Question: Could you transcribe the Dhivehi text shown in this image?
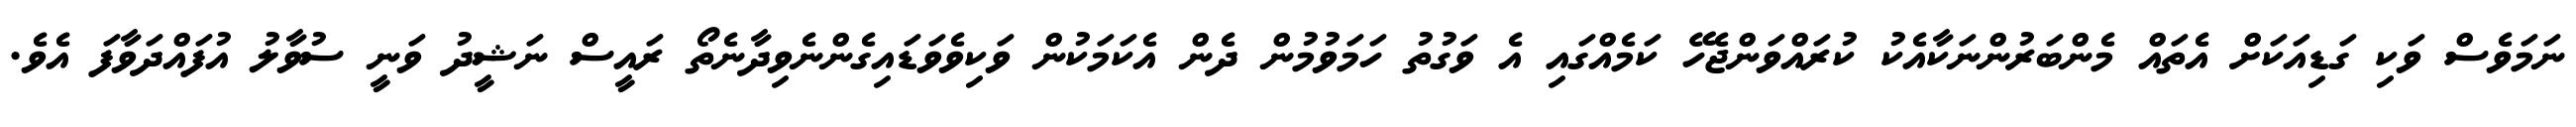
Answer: ނަމަވެސް ވަކި ގަޑިއަކަށް އެތައް މެންބަރުންނަކާއެކު ކުރައްވަންޖެހޭ ކަމެއްގައި އެ ވަގުތު ހަމަވުމުން ދެން އެކަމަކުން ވަކިވެވަޑައިގެންނެވިދާނެތޯ ރައީސް ނަޝީދު ވަނީ ސުވާލު އުފައްދަވާފަ އެވެ.